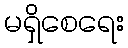
မရှိစေရေး